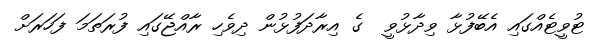
ޓުވީޓެއްގައި އެބޭފުޅާ ވިދާޅުވީ  ގެ އިރާދަފުޅުން ދިވެހި ރާއްޖޭގައި ފުރަތަމަ ފަހަރަށް